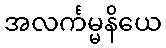
အလင်္ကမ္မနိယေ